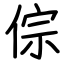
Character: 倧